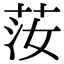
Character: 𦭰